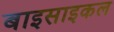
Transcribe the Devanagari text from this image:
बाइसाइकल